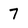
Character: 7